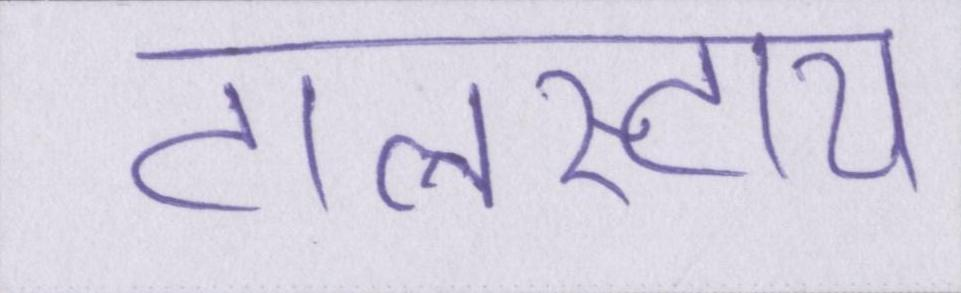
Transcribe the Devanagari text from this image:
टालस्टाय